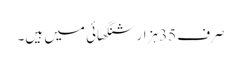
صرف 35 ہزار شنگھائی میں ہیں۔